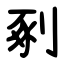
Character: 剢